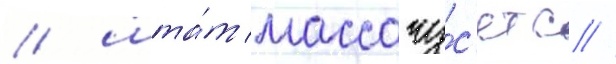
/ шта́т массачу́с'етс //